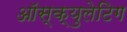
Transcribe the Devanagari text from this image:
ऑस्क्युलेटिग